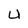
Character: U